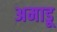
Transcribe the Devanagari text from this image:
अमाडू